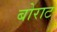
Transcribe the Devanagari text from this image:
बोराट